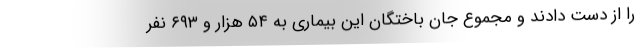
را از دست دادند و مجموع جان باختگان این بیماری به ۵۴ هزار و ۶۹۳ نفر